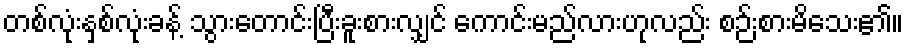
တစ်လုံးနှစ်လုံးခန့် သွားတောင်းပြီးခူးစားလျှင် ကောင်းမည်လားဟုလည်း စဉ်းစားမိသေး၏။